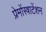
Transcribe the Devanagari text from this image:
प्रेमोंस्त्राटेंशन